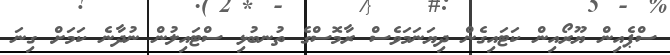
ސްޕެއިން ޔޫރޯއިން ކަޓައިގެން ދިޔަނަމަވެސް ރާމޮސްގެ ތުނބުޅި ސްޓައިލުން ނުދާނެ ކަމަށް ގިނަ